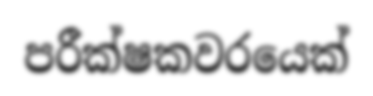
පරීක්ෂකවරයෙක්